Vabadussoja_Ajaloo_Komitee, lk 29
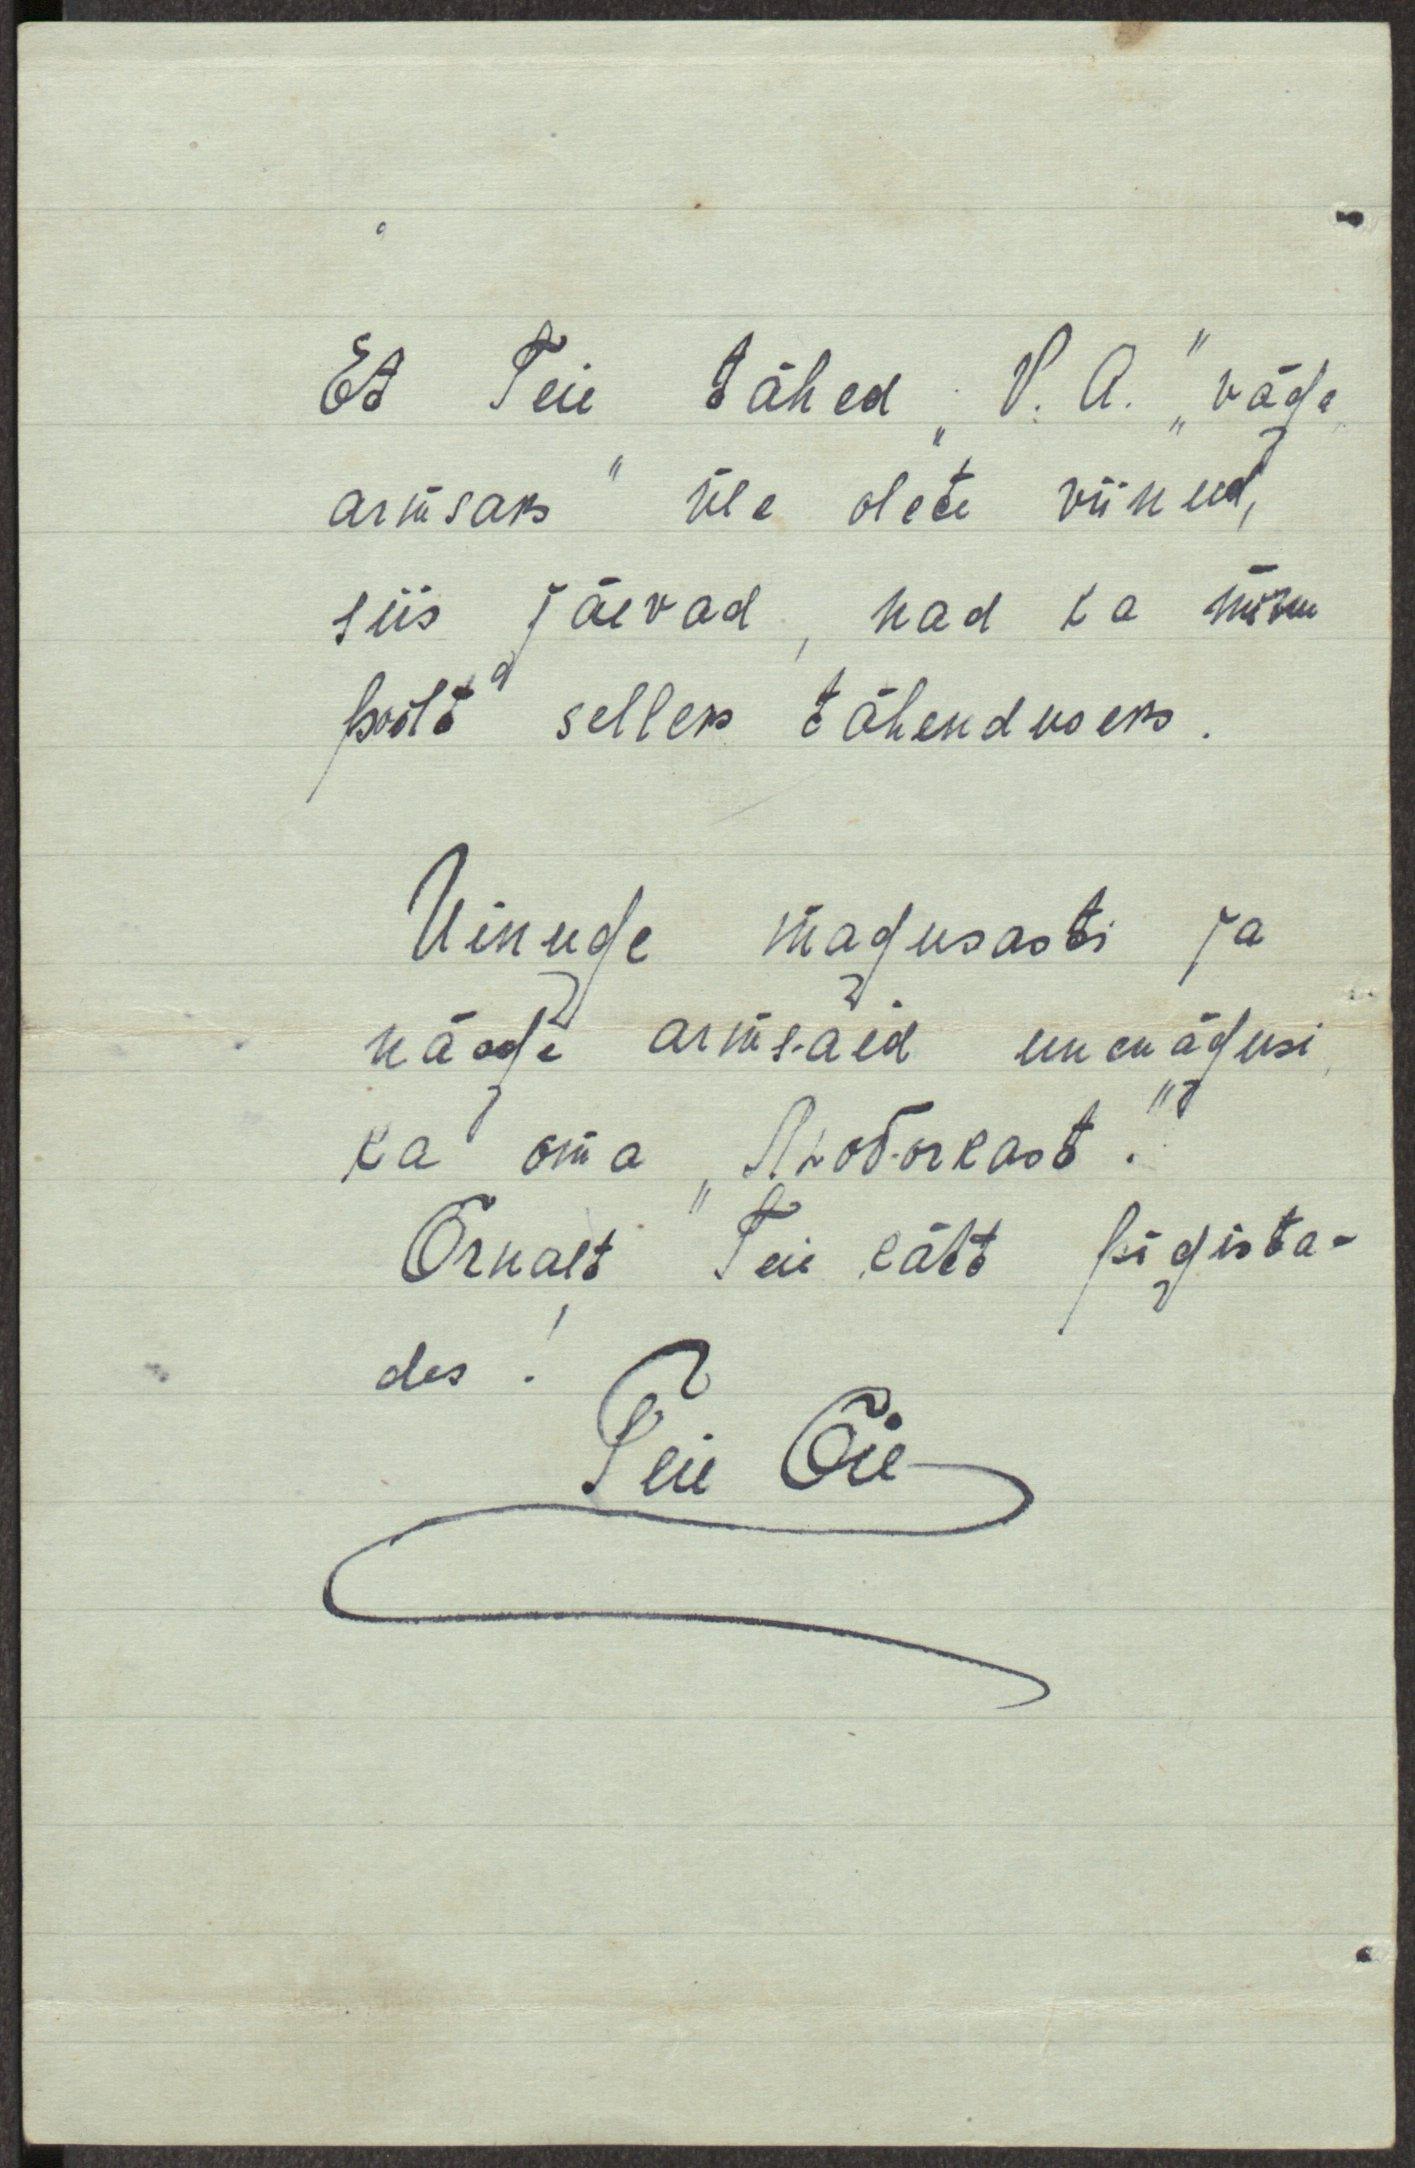
Et Teie tähed "V. A." "väga
armsaks" üle olete viinud,
siis jäevad, nad ka minu
poolt selleks tähenduseks.
Uinuge magusasti ja
näege armsaid unenägusi,
ka oma "Людочkast."
Õrnalt Teie kätt pigista-
des!
Teie Õie